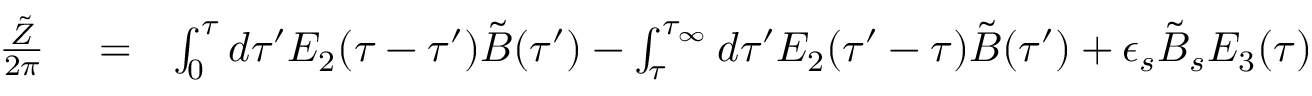
\begin{array} { r l r } { { \frac { \tilde { Z } } { 2 \pi } } } & { { } = } & { \int _ { 0 } ^ { \tau } d \tau ^ { \prime } E _ { 2 } ( \tau - \tau ^ { \prime } ) \tilde { B } ( \tau ^ { \prime } ) - \int _ { \tau } ^ { \tau _ { \infty } } d \tau ^ { \prime } E _ { 2 } ( \tau ^ { \prime } - \tau ) \tilde { B } ( \tau ^ { \prime } ) + \epsilon _ { s } \tilde { B } _ { s } E _ { 3 } ( \tau ) } \end{array}